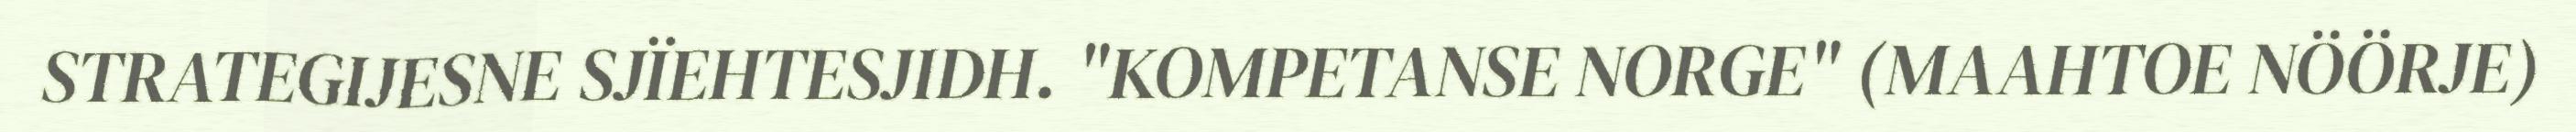
STRATEGIJESNE SJÏEHTESJIDH. "KOMPETANSE NORGE" (MAAHTOE NÖÖRJE)